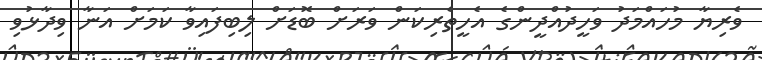
ވެރިޔާ މުހައްމަދު ވަހީދުއްދީންގެ އެހީތެރިކަން ވަރަށް ބޮޑަށް ލިބިފައިވާ ކަމަށް އަނާ ވިދާޅުވި